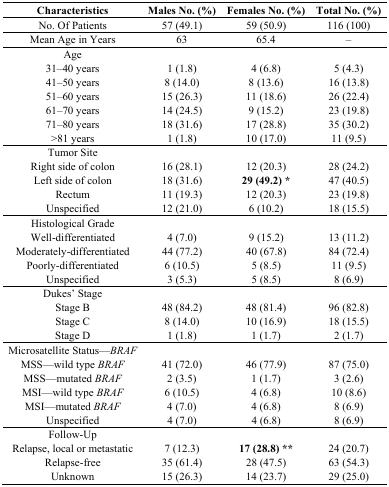
<table><thead><tr><td><b>Characteristics</b></td><td><b>Males No. (%)</b></td><td><b>Females No. (%)</b></td><td><b>Total No. (%)</b></td></tr></thead><tbody><tr><td>No. Of Patients</td><td>57 (49.1)</td><td>59 (50.9)</td><td>116 (100)</td></tr><tr><td>Mean Age in Years</td><td>63</td><td>65.4</td><td>–</td></tr><tr><td>Age</td><td></td><td></td><td></td></tr><tr><td>31–40 years</td><td>1 (1.8)</td><td>4 (6.8)</td><td>5 (4.3)</td></tr><tr><td>41–50 years</td><td>8 (14.0)</td><td>8 (13.6)</td><td>16 (13.8)</td></tr><tr><td>51–60 years</td><td>15 (26.3)</td><td>11 (18.6)</td><td>26 (22.4)</td></tr><tr><td>61–70 years</td><td>14 (24.5)</td><td>9 (15.2)</td><td>23 (19.8)</td></tr><tr><td>71–80 years</td><td>18 (31.6)</td><td>17 (28.8)</td><td>35 (30.2)</td></tr><tr><td>&gt;81 years</td><td>1 (1.8)</td><td>10 (17.0)</td><td>11 (9.5)</td></tr><tr><td>Tumor Site</td><td></td><td></td><td></td></tr><tr><td>Right side of colon</td><td>16 (28.1)</td><td>12 (20.3)</td><td>28 (24.2)</td></tr><tr><td>Left side of colon</td><td>18 (31.6)</td><td><b>29 (49.2) *</b></td><td>47 (40.5)</td></tr><tr><td>Rectum</td><td>11 (19.3)</td><td>12 (20.3)</td><td>23 (19.8)</td></tr><tr><td>Unspecified</td><td>12 (21.0)</td><td>6 (10.2)</td><td>18 (15.5)</td></tr><tr><td>Histological Grade</td><td></td><td></td><td></td></tr><tr><td>Well-differentiated</td><td>4 (7.0)</td><td>9 (15.2)</td><td>13 (11.2)</td></tr><tr><td>Moderately-differentiated</td><td>44 (77.2)</td><td>40 (67.8)</td><td>84 (72.4)</td></tr><tr><td>Poorly-differentiated</td><td>6 (10.5)</td><td>5 (8.5)</td><td>11 (9.5)</td></tr><tr><td>Unspecified</td><td>3 (5.3)</td><td>5 (8.5)</td><td>8 (6.9)</td></tr><tr><td>Dukes’ Stage</td><td></td><td></td><td></td></tr><tr><td>Stage B</td><td>48 (84.2)</td><td>48 (81.4)</td><td>96 (82.8)</td></tr><tr><td>Stage C</td><td>8 (14.0)</td><td>10 (16.9)</td><td>18 (15.5)</td></tr><tr><td>Stage D</td><td>1 (1.8)</td><td>1 (1.7)</td><td>2 (1.7)</td></tr><tr><td>Microsatellite Status—<i>BRAF</i></td><td></td><td></td><td></td></tr><tr><td>MSS—wild type <i>BRAF</i></td><td>41 (72.0)</td><td>46 (77.9)</td><td>87 (75.0)</td></tr><tr><td>MSS—mutated <i>BRAF</i></td><td>2 (3.5)</td><td>1 (1.7)</td><td>3 (2.6)</td></tr><tr><td>MSI—wild type <i>BRAF</i></td><td>6 (10.5)</td><td>4 (6.8)</td><td>10 (8.6)</td></tr><tr><td>MSI—mutated <i>BRAF</i></td><td>4 (7.0)</td><td>4 (6.8)</td><td>8 (6.9)</td></tr><tr><td>Unspecified</td><td>4 (7.0)</td><td>4 (6.8)</td><td>8 (6.9)</td></tr><tr><td>Follow-Up</td><td></td><td></td><td></td></tr><tr><td>Relapse, local or metastatic</td><td>7 (12.3)</td><td><b>17 (28.8) **</b></td><td>24 (20.7)</td></tr><tr><td>Relapse-free</td><td>35 (61.4)</td><td>28 (47.5)</td><td>63 (54.3)</td></tr><tr><td>Unknown</td><td>15 (26.3)</td><td>14 (23.7)</td><td>29 (25.0)</td></tr></tbody></table>